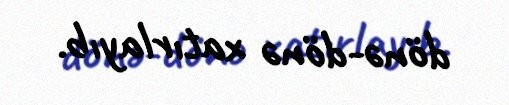
dönə-dönə xatırlayıb.